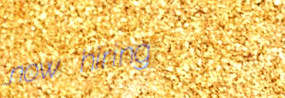
now hiring